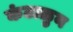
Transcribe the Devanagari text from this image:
कंटाळुन